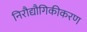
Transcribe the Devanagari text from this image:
निरौद्यौगिकीकरण